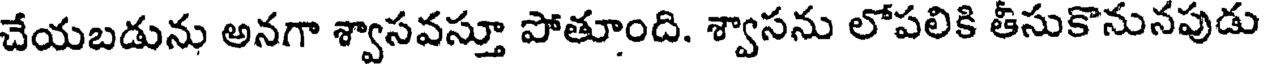
చేయబడును అనగా శ్వాసవస్తూ పోతూంది. శ్వాసను లోపలికి తీసుకొనునపుడు